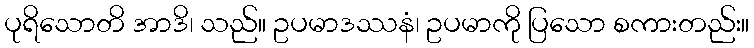
ပုရိသောတိ အာဒိ၊ သည်။ ဥပမာဒဿနံ၊ ဥပမာကို ပြသော စကားတည်း။